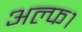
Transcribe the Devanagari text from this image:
अल्फ१